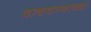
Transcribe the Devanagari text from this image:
वाचवण्याच्या